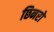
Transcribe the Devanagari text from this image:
छिनरो